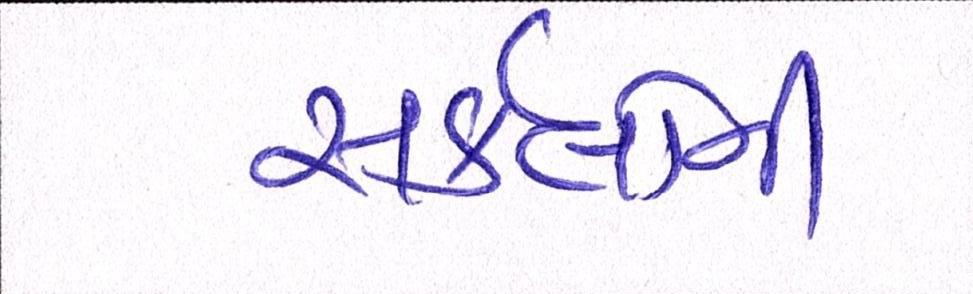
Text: સર્કલોની